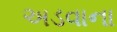
અડવાના